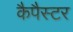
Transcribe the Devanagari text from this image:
कैपैस्टर